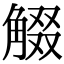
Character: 𧣸